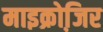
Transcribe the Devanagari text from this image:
माइक्रोजि़र